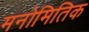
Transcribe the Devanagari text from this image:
मनोमितिक